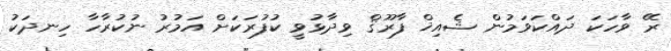
ރޭ ވާހަކަ ދައްކަވަމުން ޝެއިޚް ފާރޫޤް ވިދާޅުވީ ކުފުރަކަށް އަމުރު ނުކުރާހާ ހިނދަކު